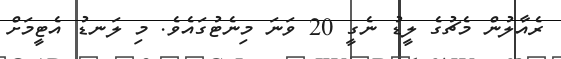
ރެއާލުން މެޗުގެ ލީޑު ނެގީ 20 ވަނަ މިނެޓުގައެވެ. މި ލަނޑު އެޓީމަށް